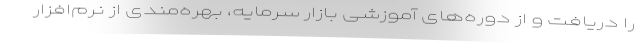
را دریافت و از دوره‌های آموزشی بازار سرمایه، بهره‌مندی از نرم‌افزار